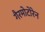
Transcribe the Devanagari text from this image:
गैरमोटोरेन